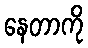
နေတာကို